画像に写った文字を読んでください
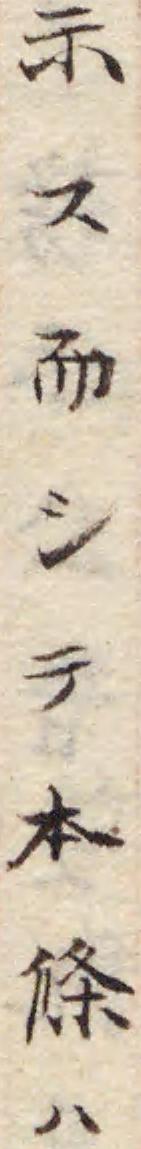
「示ス而シテ本條ハ」と書いてあります